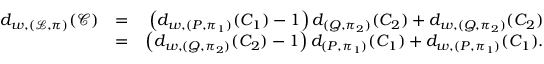
\begin{array} { r l r } { d _ { w , ( \mathcal { L } , \pi ) } ( \mathcal { C } ) } & { = } & { \left( d _ { w , ( P , \pi _ { 1 } ) } ( C _ { 1 } ) - 1 \right) d _ { ( Q , \pi _ { 2 } ) } ( C _ { 2 } ) + d _ { w , ( Q , \pi _ { 2 } ) } ( C _ { 2 } ) } \\ & { = } & { \left( d _ { w , ( Q , \pi _ { 2 } ) } ( C _ { 2 } ) - 1 \right) d _ { ( P , \pi _ { 1 } ) } ( C _ { 1 } ) + d _ { w , ( P , \pi _ { 1 } ) } ( C _ { 1 } ) . } \end{array}